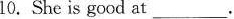
10. She is good at ___.